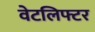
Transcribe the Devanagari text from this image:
वेटलिफ्टर